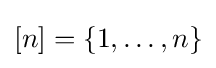
[n]=\{1,\ldots ,n\}